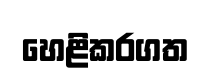
හෙළිකරගත